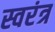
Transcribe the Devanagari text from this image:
स्वरंत्र